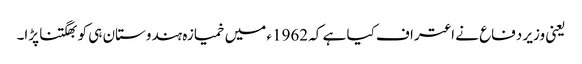
یعنی وزیر دفاع نے اعتراف کیا ہے کہ 1962ء میں خمیازہ ہندوستان ہی کو بھگتنا پڑا۔